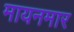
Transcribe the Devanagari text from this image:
मायनमार